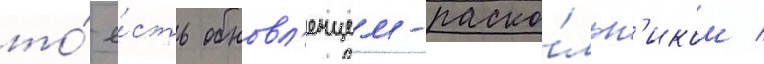
то́ е́сть обновл'енцем-раско́льн'иком /